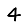
Digit: 4